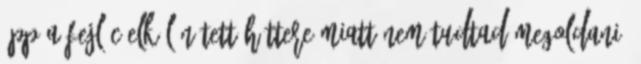
épp a fejléc elkülönített háttere miatt nem tudtad megoldani,